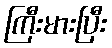
ကြီးမားပြီး